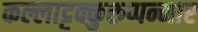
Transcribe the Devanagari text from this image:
कल्लाट्टक्कुरुप्पन्मार